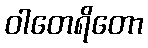
ဝါတေရိတော